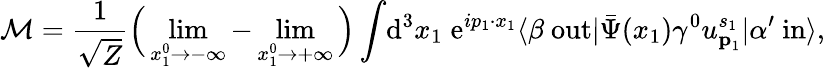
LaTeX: {\mathcal{M}}={\frac{1}{\sqrt{Z}}}{\Big(}\operatorname*{lim}_{x_{1}^{0}\rightarrow-\infty}-\operatorname*{lim}_{x_{1}^{0}\rightarrow+\infty}{\Big)}\int\! \mathrm{d}^{3}x_{1}\; \mathrm{e}^{ip_{1}\cdot x_{1}}\langle\beta\ \mathrm{out}|{\bar{\Psi}}(x_{1})\gamma^{0}u_{{\textbf{p}}_{1}}^{s_{1}}|\alpha^{\prime}\ \mathrm{in}\rangle,